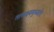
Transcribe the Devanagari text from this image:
तल्लक्ष्यमुच्यते।